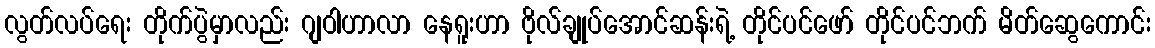
လွတ်လပ်ရေး တိုက်ပွဲမှာလည်း ဂျဝါဟာလာ နေရူးဟာ ဗိုလ်ချုပ်အောင်ဆန်းရဲ့ တိုင်ပင်ဖော် တိုင်ပင်ဘက် မိတ်ဆွေကောင်း